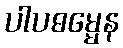
ပါပဓမ္မေန